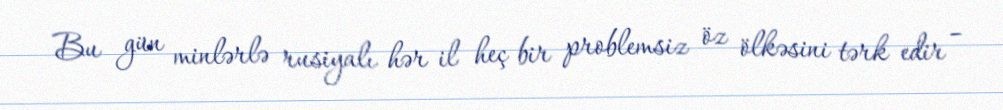
Bu gün minlərlə rusiyalı hər il heç bir problemsiz öz ölkəsini tərk edir –